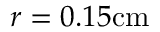
r = 0 . 1 5 \mathrm { c m }